King Institute of Preventive Medicine Micro-Biological Section reports 1912-19
Year: 1912
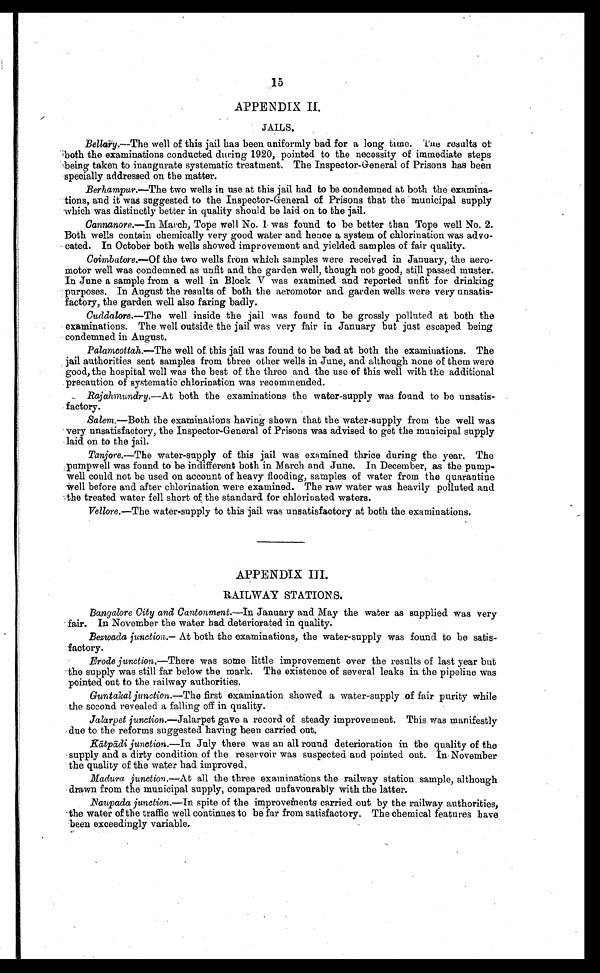
15
APPENDIX II.
JAILS.
Bellary.—The well of this jail has been uniformly bad for a long time. The results of
both the examinations conducted during 1920, pointed to the necessity of immediate steps
being taken to inaugurate systematic treatment. The Inspector-General of Prisons has been
specially addressed on the matter.
Berhampur.—The two wells in use at this jail had to be condemned at both the examina-
tions, and it was suggested to the Inspector-General of Prisons that the municipal supply
which was distinctly better in quality should be laid on to the jail.
Cannanore.—In March, Tope well No. 1 was found to be better than Tope well No. 2.
Both wells contain chemically very good water and hence a system of chlorination was advo-
cated. In October both wells showed improvement and yielded samples of fair quality.
Coimbatore.—Of the two wells from which samples were received in January, the aero-
motor well was condemned as unfit and the garden well, though not good, still passed muster.
In June a sample from a well in Block V was examined and reported unfit for drinking
purposes. In August the results of both the aeromotor and garden wells were very unsatis-
factory, the garden well also faring badly.
Cuddalore. —The well inside the jail was found to be grossly polluted at both the
examinations. The well outside the jail was very fair in January but just escaped being
condemned in August.
Palamcottah.—The well of this jail was found to be bad at both the examinations. The
jail authorities sent samples from three other wells in June, and although none of them were
good, the hospital well was the best of the three and the use of this well with the additional
precaution of systematic chlorination was recommended.
Rajahmundry.—At both the examinations the water-supply was found to be unsatis-
factory.
Salem.—Both the examinations having shown that the water-supply from the well was
very unsatisfactory, the Inspector-General of Prisons was advised to get the municipal supply
laid on to the jail.
Tanjore.—The water-supply of this jail was examined thrice during the year. The
pumpwell was found to be indifferent both in March and June. In December, as the pump
¬well could not be used on account of heavy flooding, samples of water from the quarantine
well before and after chlorination were examined. The raw water was heavily polluted and
the treated water fell short of the standard for chlorinated waters.
Vellore.—The water-supply to this jail was unsatisfactory at both the examinations.
APPENDIX III.
RAILWAY STATIONS.
Bangalore City and Cantonment.—In January and May the water as supplied was very
fair. In November the water had deteriorated in quality.
Bezwada junction.— At both the examinations, the water-supply was found to be satis-
factory.
Erode junction.—There was some little improvement over the results of last year but
the supply was still far below the mark. The existence of several leaks in the pipeline was
pointed out to the railway authorities.
Guntakal junction.—The first examination showed a water-supply of fair purity while
the second revealed a falling off in quality.
Jalarpet junction. —Jalarpet gave a record of steady improvement. This was manifestly
due to the reforms suggested having been carried out.
Kā t p
ā d i
j u n c t i o n .
— I n J u l y t h e r e w a s a n a l l r o u n d d e t e r i o r a t i o n i n t h e q u a l i t y o f t h e
supply and a dirty condition of the reservoir was suspected and pointed out. In November
the quality of the water had improved.
Madura junction.—At all the three examinations the railway station sample, although
drawn from the municipal supply, compared unfavourably with the latter.
Naupada junction.—In spite of the improvements carried out by the railway authorities,
the water of the traffic well continues to be far from satisfactory. The chemical features have
been exceedingly variable
.